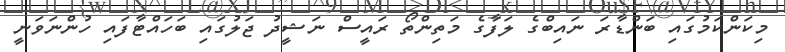
މިކަންކަމުގައި ބަންޑާރަ ނައިބްގެ ލަފާގެ މަތިންތޯ ރައީސް ނަޝީދު ޖަލުގައި ބަހައްޓާފައި ހުންނަވަނީ